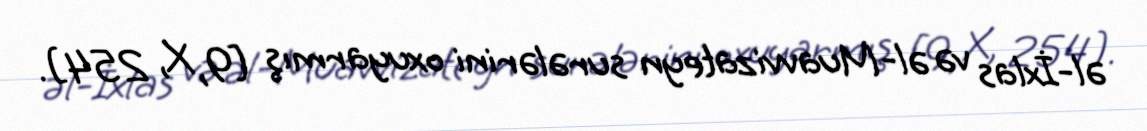
əl-İxlas və əl-Muavvizateyn surələrini oxuyarmış [9, X, 254].